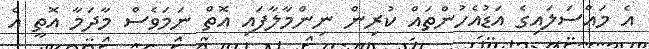
އެ މައްސަލައިގެ އަޑުއެހުންތައް ކުރިން ނިންމާލާފައި އޮތް ނަމަވެސް މާދަމާ އޮތީ އެ